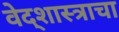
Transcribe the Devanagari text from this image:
वेद्शास्त्राचा